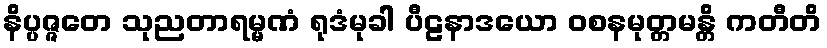
နိပ္ပဇ္ဇတေ သုညတာရမ္မဏံ ရုဒံမုခါ ပီဠနာဒယော ဝစနမုတ္တမန္တိ ကတီတိ